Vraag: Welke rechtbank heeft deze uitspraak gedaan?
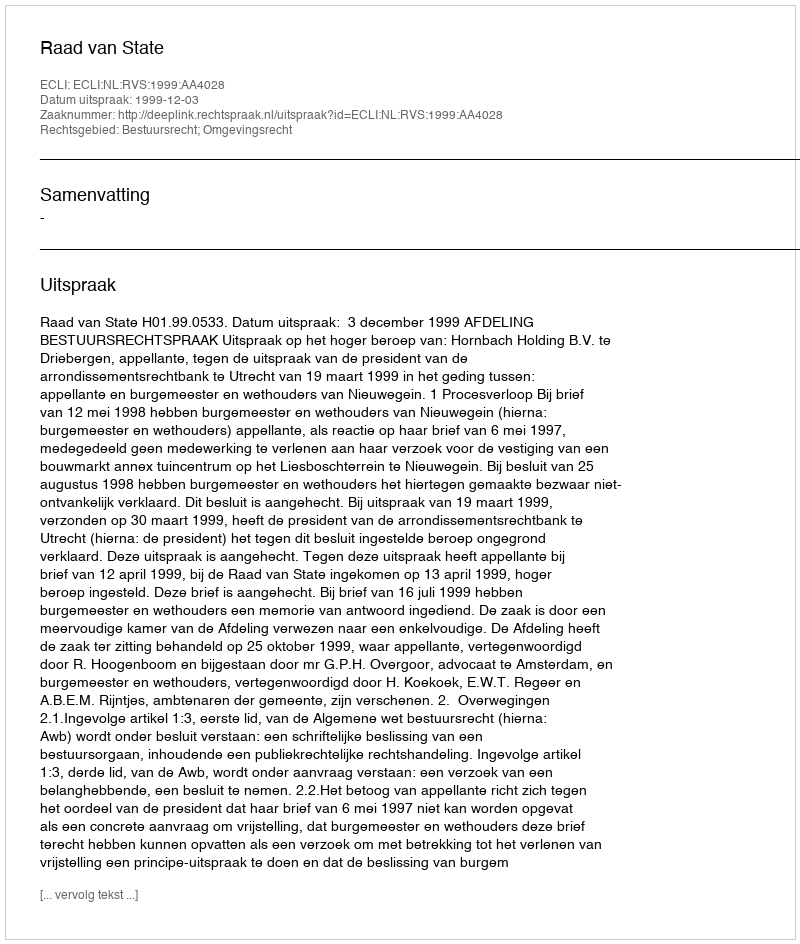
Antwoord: Raad van State